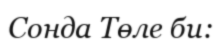
Сонда Төле би: